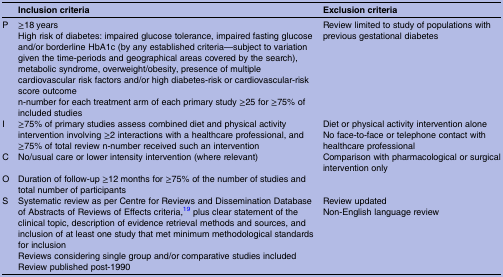
|  | Inclusion criteria | Exclusion criteria |
 | --- | --- | --- |
 | P | ≥18 yearsHigh risk of diabetes: impaired glucose tolerance, impaired fasting glucose and/or borderline HbA1c (by any established criteria—subject to variation given the time-periods and geographical areas covered by the search), metabolic syndrome, overweight/obesity, presence of multiple cardiovascular risk factors and/or high diabetes-risk or cardiovascular-risk score outcomen-number for each treatment arm of each primary study ≥25 for ≥75% of included studies | Review limited to study of populations with previous gestational diabetes |
 | <ROWSPAN=2> I | <ROWSPAN=2> ≥75% of primary studies assess combined diet and physical activity intervention involving ≥2 interactions with a healthcare professional, and ≥75% of total review n-number received such an intervention | Diet or physical activity intervention alone |
 | No face-to-face or telephone contact with healthcare professional |
 | C | No/usual care or lower intensity intervention (where relevant) | Comparison with pharmacological or surgical intervention only |
 | O | Duration of follow-up ≥12 months for ≥75% of the number of studies and total number of participants |  |
 | S | Systematic review as per Centre for Reviews and Dissemination Database of Abstracts of Reviews of Effects criteria,19 plus clear statement of the clinical topic, description of evidence retrieval methods and sources, and inclusion of at least one study that met minimum methodological standards for inclusionReviews considering single group and/or comparative studies includedReview published post-1990 | Review updatedNon-English language review |